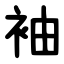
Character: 袖